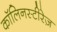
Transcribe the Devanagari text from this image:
कॉलिनस्टीरेज़